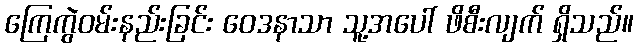
ကြေကွဲဝမ်းနည်းခြင်း ဝေဒနာသာ သူ့အပေါ် ဖိစီးလျက် ရှိသည်။